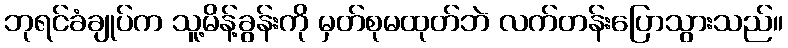
ဘုရင်ခံချုပ်က သူ့မိန့်ခွန်းကို မှတ်စုမထုတ်ဘဲ လက်တန်းပြောသွားသည်။